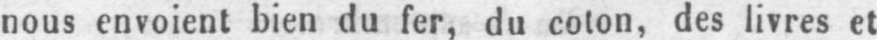
nous envoient bien du fer, du colon, des livres et